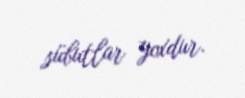
sübutlar yoxdur.